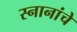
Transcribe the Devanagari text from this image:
स्नानांचे